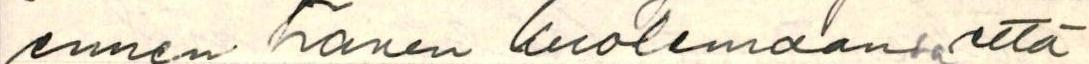
ennen hänen kuolemaansa että